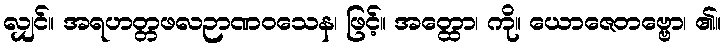
လျှင်။ အရဟတ္တဖလဉာဏဝသေန၊ ဖြင့်။ အတ္ထော၊ ကို။ ယောဇေတဗ္ဗော၊ ၏။